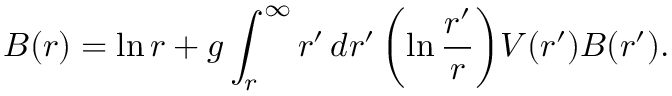
B ( r ) = \ln r + g \int _ { r } ^ { \infty } r ^ { \prime } \, d r ^ { \prime } \, \biggl ( \ln { \frac { r ^ { \prime } } { r } } \biggr ) V ( r ^ { \prime } ) B ( r ^ { \prime } ) .